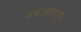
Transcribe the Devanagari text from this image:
बचावकार्य